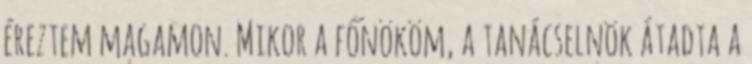
éreztem magamon. Mikor a főnököm, a tanácselnök átadta a